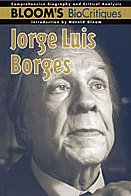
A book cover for Jorge Luis Borges (Bloom's BioCritiques); Amy Sickels; Teen & Young Adult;